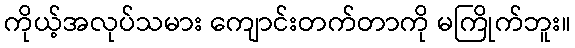
ကိုယ့်အလုပ်သမား ကျောင်းတက်တာကို မကြိုက်ဘူး။